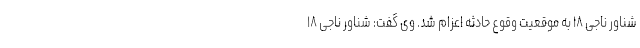
شناور ناجی ۱۸ به موقعیت وقوع حادثه اعزام شد. وی گفت: شناور ناجی ۱۸